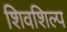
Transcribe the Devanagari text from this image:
शिवशिल्प